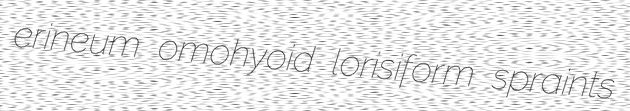
erineum omohyoid lorisiform spraints